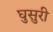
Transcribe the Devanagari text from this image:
घुसुरी